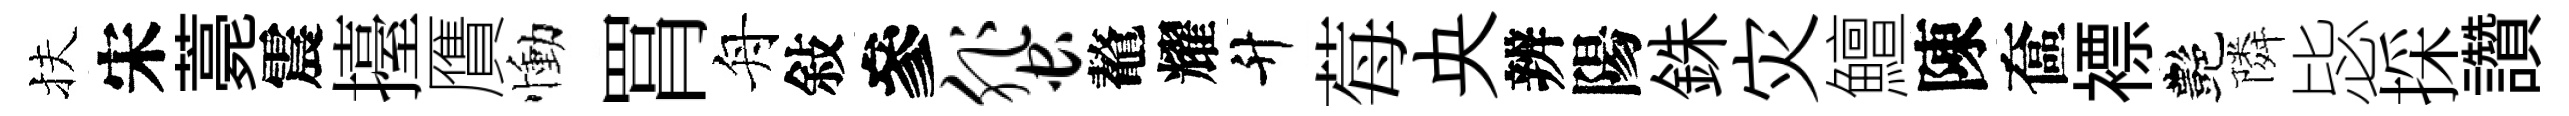
扶宋薧震擡贋慟罥舟敍參蜚鼇耀升莓央辨陽銖灾鱣陳奩褾艷隣毖採讚